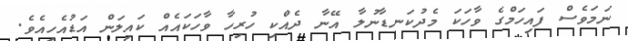
ނަމަވެސް ފައިހަމްގެ ވާހަކަ މެދުކަނޑާނުލާ އޭނާ ދެއްކި ހުރިހާ ވާހަކައެއް ކައިލަން އަޑުއެހިއެވެ.